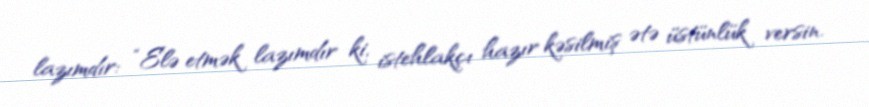
lazımdır: “Elə etmək lazımdır ki, istehlakçı hazır kəsilmiş ətə üstünlük versin.